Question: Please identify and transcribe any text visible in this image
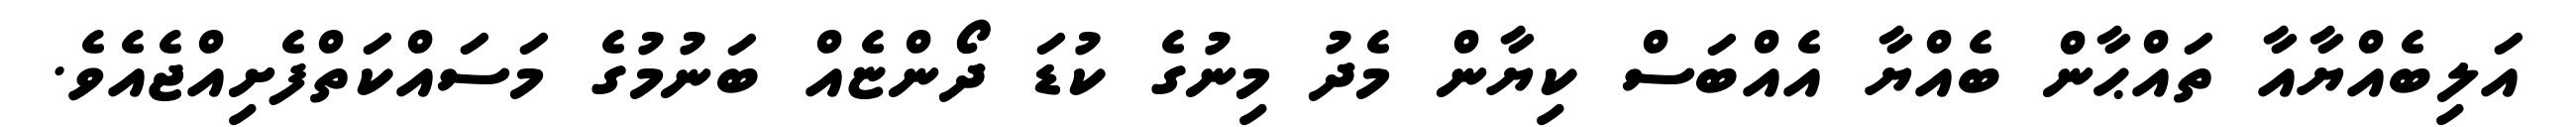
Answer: އަލިބެއްޔާއާ ތައްޙާން ބެއްޔާ އެއްބަސް ކިޔާން މެދު މިނުގެ ކުޑަ ދޯންޏެއް ބަނުމުގެ މަސައްކަތްފެށިއްޖެއެވެ.